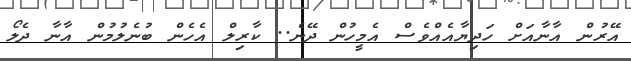
އޭރުން އާނާއަށް ހަދިޔާއެއްވެސް އެމީހުން ދޭނެ.. ކާރިލް އެހެން ބުނެލުމުން އާނާ ދެލޯ